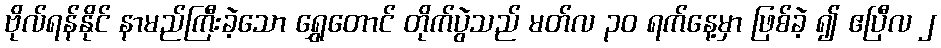
ဗိုလ်ရန်နိုင် နာမည်ကြီးခဲ့သော ရွှေတောင် တိုက်ပွဲသည် မတ်လ ၃၀ ရက်နေ့မှာ ဖြစ်ခဲ့ ၍ ဧပြီလ ၂